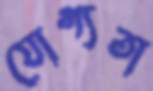
যোগ্যতা